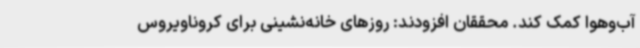
آب‌وهوا کمک کند. محققان افزودند: روزهای خانه‌نشینی برای کروناویروس